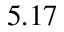
5 . 1 7